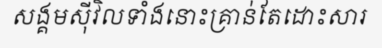
សង្គមស៊ីវិលទាំងនោះគ្រាន់តែដោះសារ